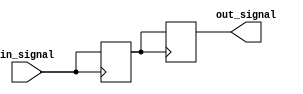
module IO_Block_TTL_Buffer (
    input wire in_signal,
    output reg out_signal
);

reg buffer;

/* Input buffer */
always @ (posedge in_signal)
begin
    // Code for buffering incoming input signals
    buffer <= in_signal;
end

/* Output buffer */
always @ (posedge buffer)
begin
    // Code for buffering outgoing signals to external devices
    out_signal <= buffer;
end

endmodule